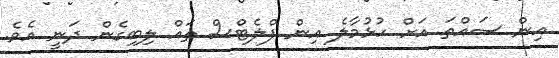
އިން ސައްތަ އަށް ހުޅުމާލެ އިން ފްލެޓްސް ތައް ލިބިގެން ދަނީ އެވެ.